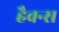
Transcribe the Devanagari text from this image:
हैवन्स